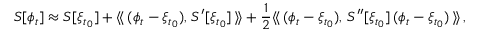
S [ \phi _ { t } ] \approx S [ \xi _ { t _ { 0 } } ] + \langle \! \langle \, ( \phi _ { t } - \xi _ { t _ { 0 } } ) , \, S ^ { \prime } [ \xi _ { t _ { 0 } } ] \, \rangle \! \rangle + { \frac { 1 } { 2 } } \langle \! \langle \, ( \phi _ { t } - \xi _ { t _ { 0 } } ) , \, S ^ { \prime \prime } [ \xi _ { t _ { 0 } } ] \, ( \phi _ { t } - \xi _ { t _ { 0 } } ) \, \rangle \! \rangle \, ,